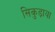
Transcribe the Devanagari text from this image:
सिकुड़ाया